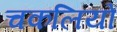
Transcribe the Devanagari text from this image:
चकलियों